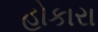
હોકારા